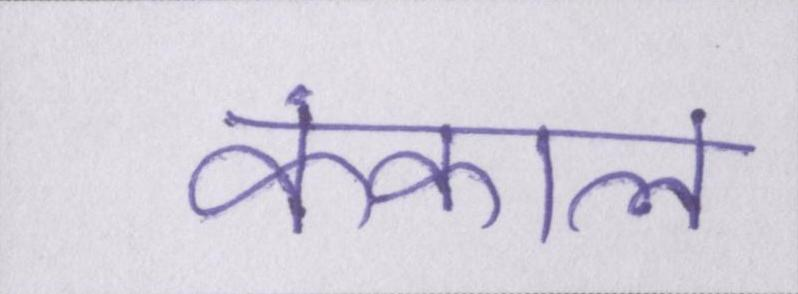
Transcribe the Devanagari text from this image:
कंकाल